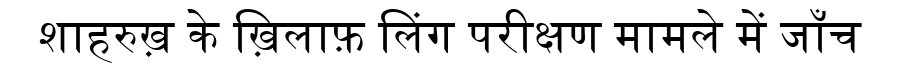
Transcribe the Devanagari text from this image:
शाहरुख़ के ख़िलाफ़ लिंग परीक्षण मामले में जाँच